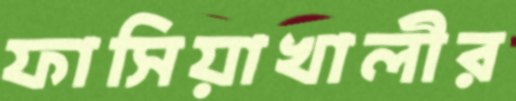
ফাসিয়াখালীর